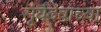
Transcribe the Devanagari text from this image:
सूर्यदेवाच्या